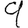
Digit: 9